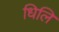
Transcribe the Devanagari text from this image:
धिलि